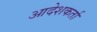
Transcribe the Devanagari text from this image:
आदेशकर्ता